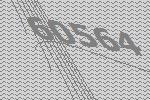
60564